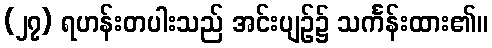
(၂၇) ရဟန်းတပါးသည် အင်းပျဉ်၌ သင်္ကန်းထား၏။